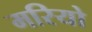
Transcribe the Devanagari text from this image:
मरियो